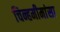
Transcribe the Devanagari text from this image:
चिन्हमीमांसा